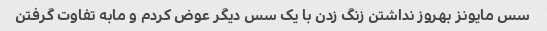
سس مایونز بهروز نداشتن زنگ زدن با یک سس دیگر عوض کردم و مابه تفاوت گرفتن